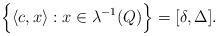
LaTeX: \begin{align*}\Big \{\langle c,x\rangle:x\in \lambda^{-1}(Q)\Big \}=[\delta,\Delta].\end{align*}